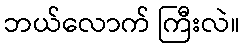
ဘယ်လောက် ကြီးလဲ။